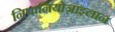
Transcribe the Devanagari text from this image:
निपानियोज़ाइलान